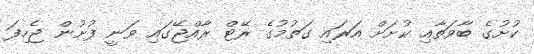
ކުށުގެ ބާވަތާއި ކުށަށް އަރައި ގަތުމުގެ ރޭޓް ރާއްޖޭގައި ވަނީ ފުށުން ޖެހިފަ